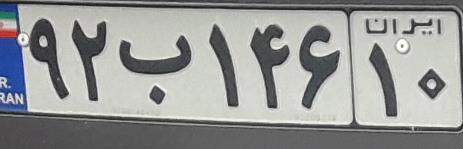
۹۲ب۱۴۶۱۰